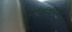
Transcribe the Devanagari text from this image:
फ्लाविविरिडए